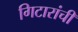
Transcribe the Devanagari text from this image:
गिटारांची